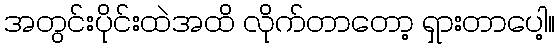
အတွင်းပိုင်းထဲအထိ လိုက်တာတော့ ရှားတာပေါ့။